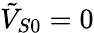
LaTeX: \tilde{V}_{S0}=0